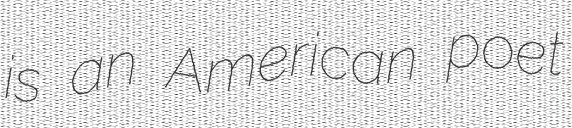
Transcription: is an American poet